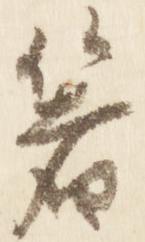
箸